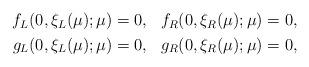
LaTeX: \begin{align*}\begin{aligned}f_L(0,\xi_L(\mu);\mu) &= 0, & f_R(0,\xi_R(\mu);\mu) &= 0, \\g_L(0,\xi_L(\mu);\mu) &= 0, & g_R(0,\xi_R(\mu);\mu) &= 0,\end{aligned}\end{align*}